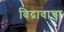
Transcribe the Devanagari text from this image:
विद्रावाचा